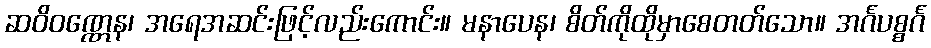
ဆဝိဝဏ္ဏေန၊ အရေအဆင်းဖြင့်လည်းကောင်း။ မနာပေန၊ စိတ်ကိုထိုမှာစေတတ်သော။ အင်္ဂပစ္စင်္ဂ